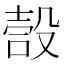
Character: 嗀